65_HS1-834228961_62-HQ-83894_Section_9
Agency: FBI
Page 135
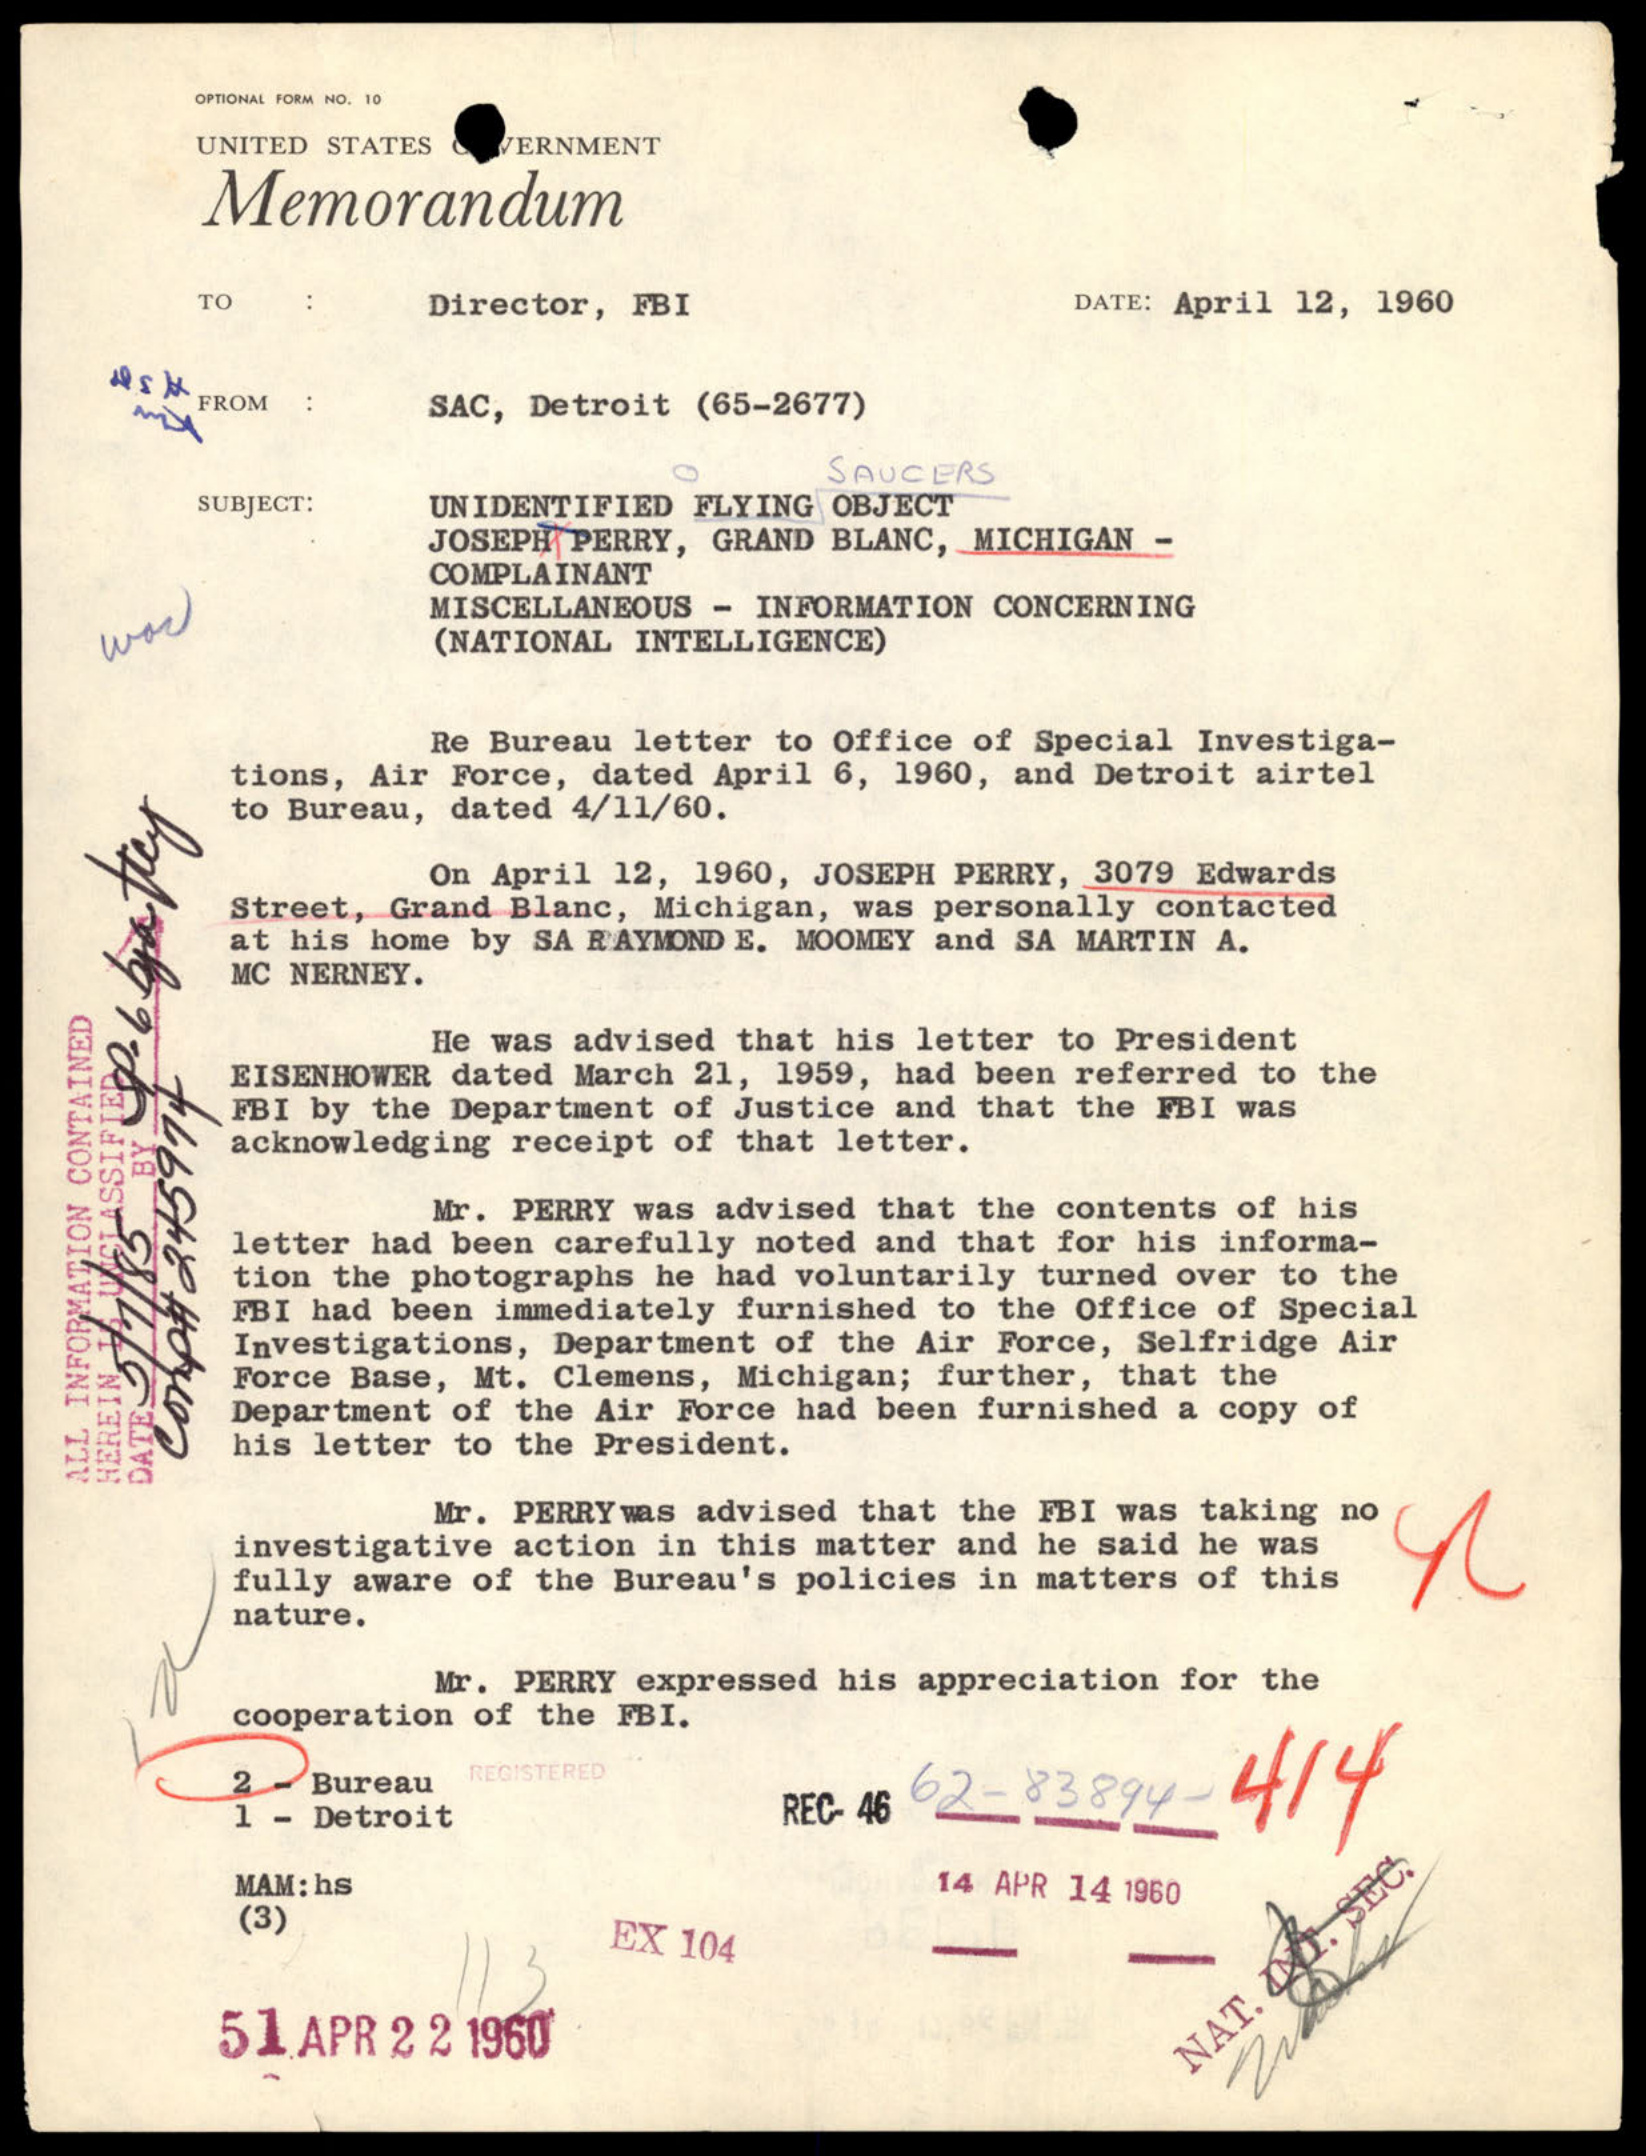